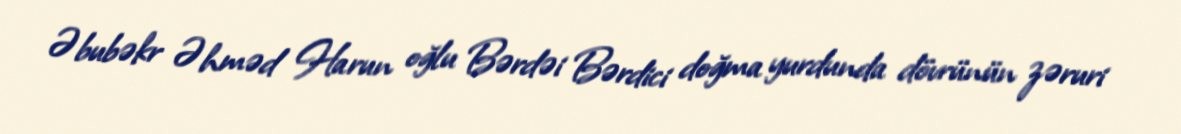
Əbubəkr Əhməd Harun oğlu Bərdəi Bərdici doğma yurdunda dövrünün zəruri